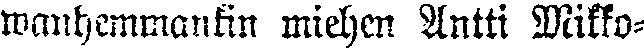
wanhemmankin miehen Antti Mikko-